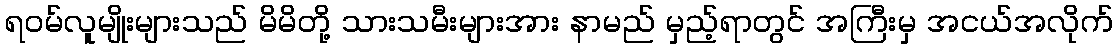
ရဝမ်လူမျိုးများသည် မိမိတို့ သားသမီးများအား နာမည် မှည့်ရာတွင် အကြီးမှ အငယ်အလိုက်